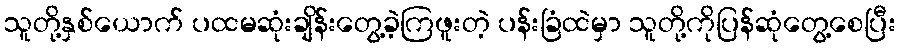
သူတို့နှစ်ယောက် ပထမဆုံးချိန်းတွေ့ခဲ့ကြဖူးတဲ့ ပန်းခြံထဲမှာ သူတို့ကိုပြန်ဆုံတွေ့စေပြီး